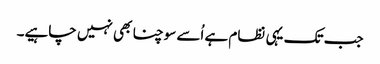
جب تک یہی نظام ہے اُسے سوچنا بھی نہیں چاہیے۔